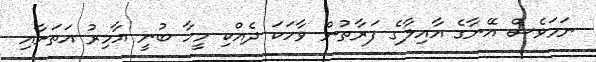
ނަމަވެސް އޭނާގެ އާއިލާގެ ފަރާތުން ވާހަކަ ދެއްކި މީހާ ބުނީ އާމިރު އަތަށާއި